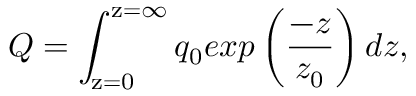
Q = \int _ { \mathrm { z = 0 } } ^ { \mathrm { z = \infty } } q _ { 0 } e x p \left( \frac { - z } { z _ { 0 } } \right) d z ,